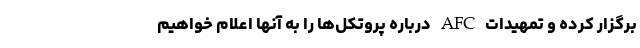
برگزار کرده و تمهیدات AFC درباره پروتکل‌ها را به آنها اعلام خواهیم